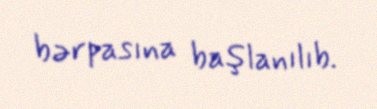
bərpasına başlanılıb.